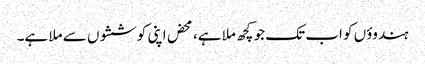
ہندوؤں کو اب تک جو کچھ ملا ہے، محض اپنی کوششوں سے ملا ہے۔